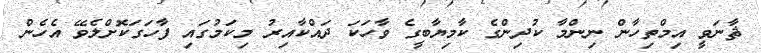
ޘާނަވީ އިމްތިހާން ނިންމާ ކުދިންގެ ކާމިޔާބީގެ ވާހަކަ ދައްކާއިރު މިކަމުގައި ފާހަގަކޮށްލެވޭ އެހެން